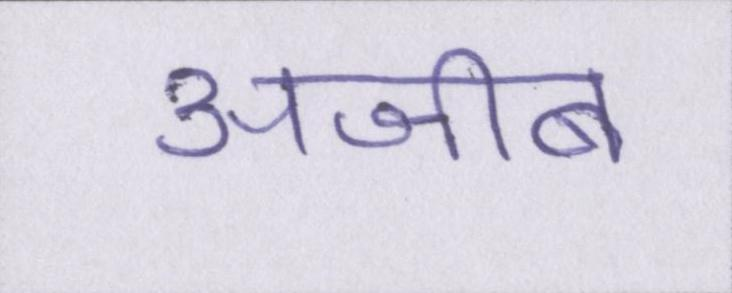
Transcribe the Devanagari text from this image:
अजीब